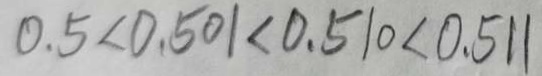
0 . 5 < 0 . 5 0 1 < 0 . 5 1 0 < 0 . 5 1 1